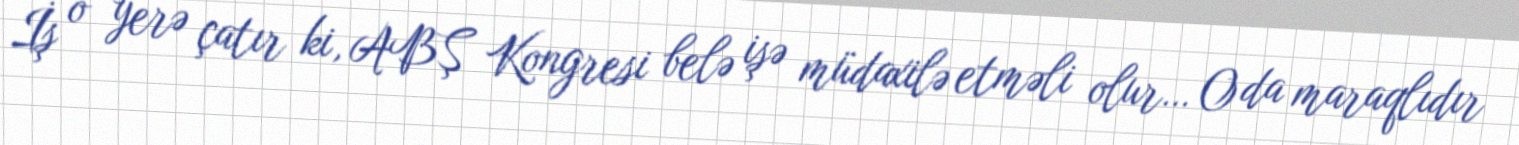
İş o yerə çatır ki, ABŞ Kongresi belə işə müdaxilə etməli olur… O da maraqlıdır